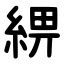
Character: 綥